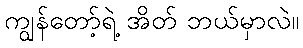
ကျွန်တော့်ရဲ့ အိတ် ဘယ်မှာလဲ။